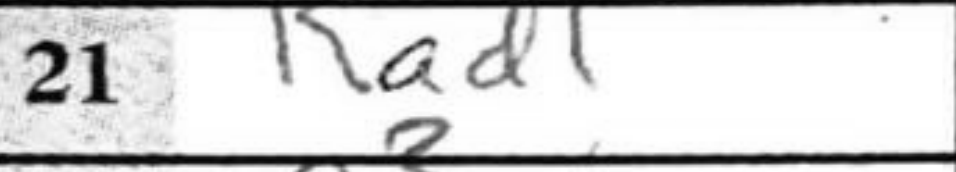
Transcription: Rad1